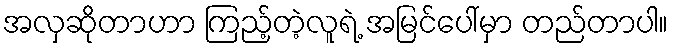
အလှဆိုတာဟာ ကြည့်တဲ့လူရဲ့ အမြင်ပေါ်မှာ တည်တာပါ။